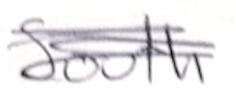
Text: South
Cross-out: scratch
Writing tool: pencil